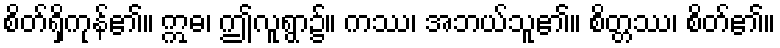
စိတ်ရှိကုန်၏။ ဣဓ၊ ဤလူရွာ၌။ ကဿ၊ အဘယ်သူ၏။ စိတ္တဿ၊ စိတ်၏။